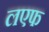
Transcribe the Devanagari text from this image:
लएफ